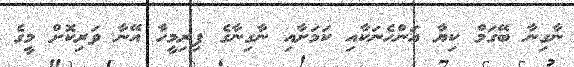
ނާގިނާ ބޭގަމް ކިޔާ އަންހެނަކާއި ކަމަށާއި ނާގިނާގެ ފިރިމީހާ އޭނާ ވަރިކޮށް މީގެ